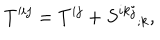
T ^ { \prime i j } = T ^ { i j } + S ^ { i k j } { } _ { ; k } ,